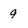
Character: 9